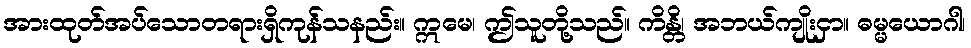
အားထုတ်အပ်သောတရားရှိကုန်သနည်း။ ဣမေ၊ ဤသူတို့သည်။ ကိန္တိ၊ အဘယ်ကျိုးငှာ။ ဓမ္မယောဂါ၊